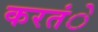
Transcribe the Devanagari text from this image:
करतंे